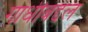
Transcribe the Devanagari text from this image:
गांधीबद्दल